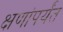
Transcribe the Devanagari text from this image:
क्षणांपर्यंत